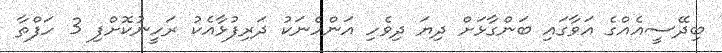
ބިދޭސީއެއްގެ އަވާގައި ބަންގާޅަށް ދިޔަ ދިވެހި އަންހެނަކު ދަރިފުޅާއެކު ރަހީނުކޮށްފި 3 ހަފްތާ